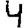
Digit: 4